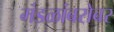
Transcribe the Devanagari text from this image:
मंडळांबरोबर